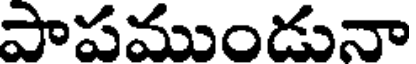
పాపముండునా